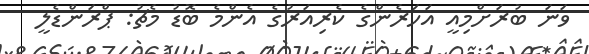
ވަނަ ބުރަށްމިއީ އަހަރެންގެ ކެރިއަރުގެ އެންމެ ބޮޑު މެޗު: ޕްރަންޑެލީ